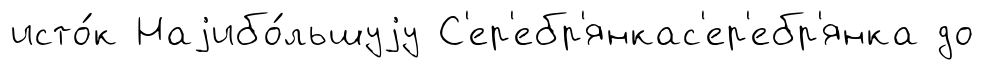
исто́к Наjибо́льшуjу С'ер'ебр'янкас'ер'ебр'янка до